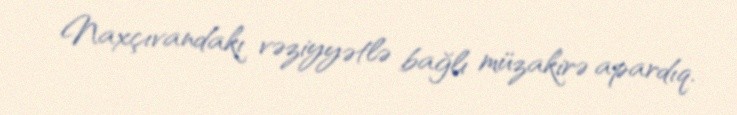
Naxçıvandakı vəziyyətlə bağlı müzakirə apardıq.